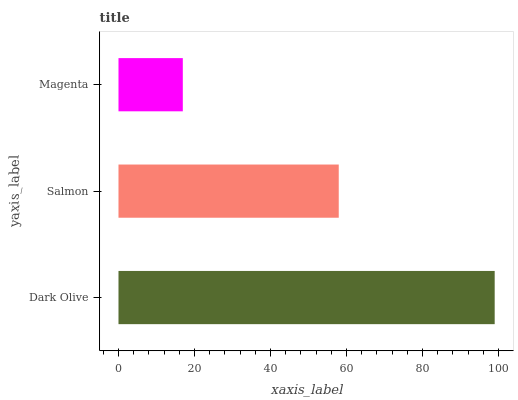
| yaxis_label | bars |
 | --- | --- |
 | Dark Olive | 99 |
 | Salmon | 58 |
 | Magenta | 16.9 |